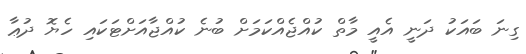
ގިނަ ބައަކު ދަނީ އެއީ މާތް ކުއްޖެއްކަމަށް ބުނެ ކުއްޖާއަށްޓަކައި ހެޔޮ ދުޢާ